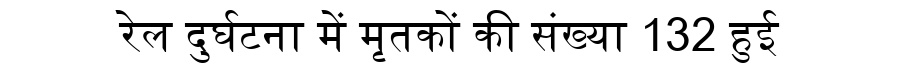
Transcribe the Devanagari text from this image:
रेल दुर्घटना में मृतकों की संख्या 132 हुई